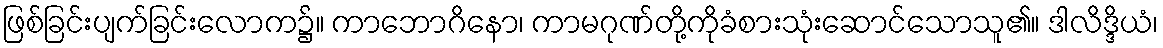
ဖြစ်ခြင်းပျက်ခြင်းလောက၌။ ကာဘောဂိနော၊ ကာမဂုဏ်တို့ကိုခံစားသုံးဆောင်သောသူ၏။ ဒါလိဒ္ဒိယံ၊